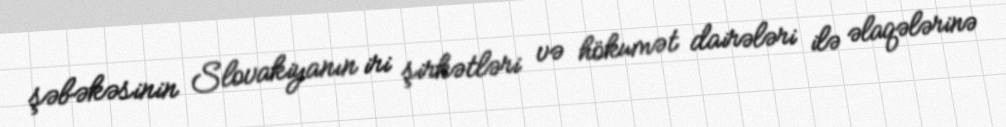
şəbəkəsinin Slovakiyanın iri şirkətləri və hökumət dairələri ilə əlaqələrinə